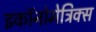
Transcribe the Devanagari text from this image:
इकॉनोमेट्रिक्स